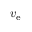
v _ { \mathrm { e } }